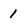
Character: 1